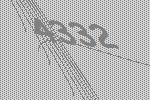
4332